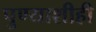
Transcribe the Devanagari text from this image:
पुण्याशीही